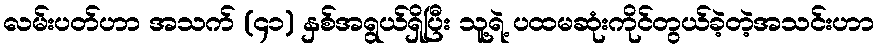
လမ်းပတ်ဟာ အသက် (၄၁) နှစ်အရွယ်ရှိပြီး သူ့ရဲ့ ပထမဆုံးကိုင်တွယ်ခဲ့တဲ့အသင်းဟာ